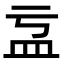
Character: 𥁄